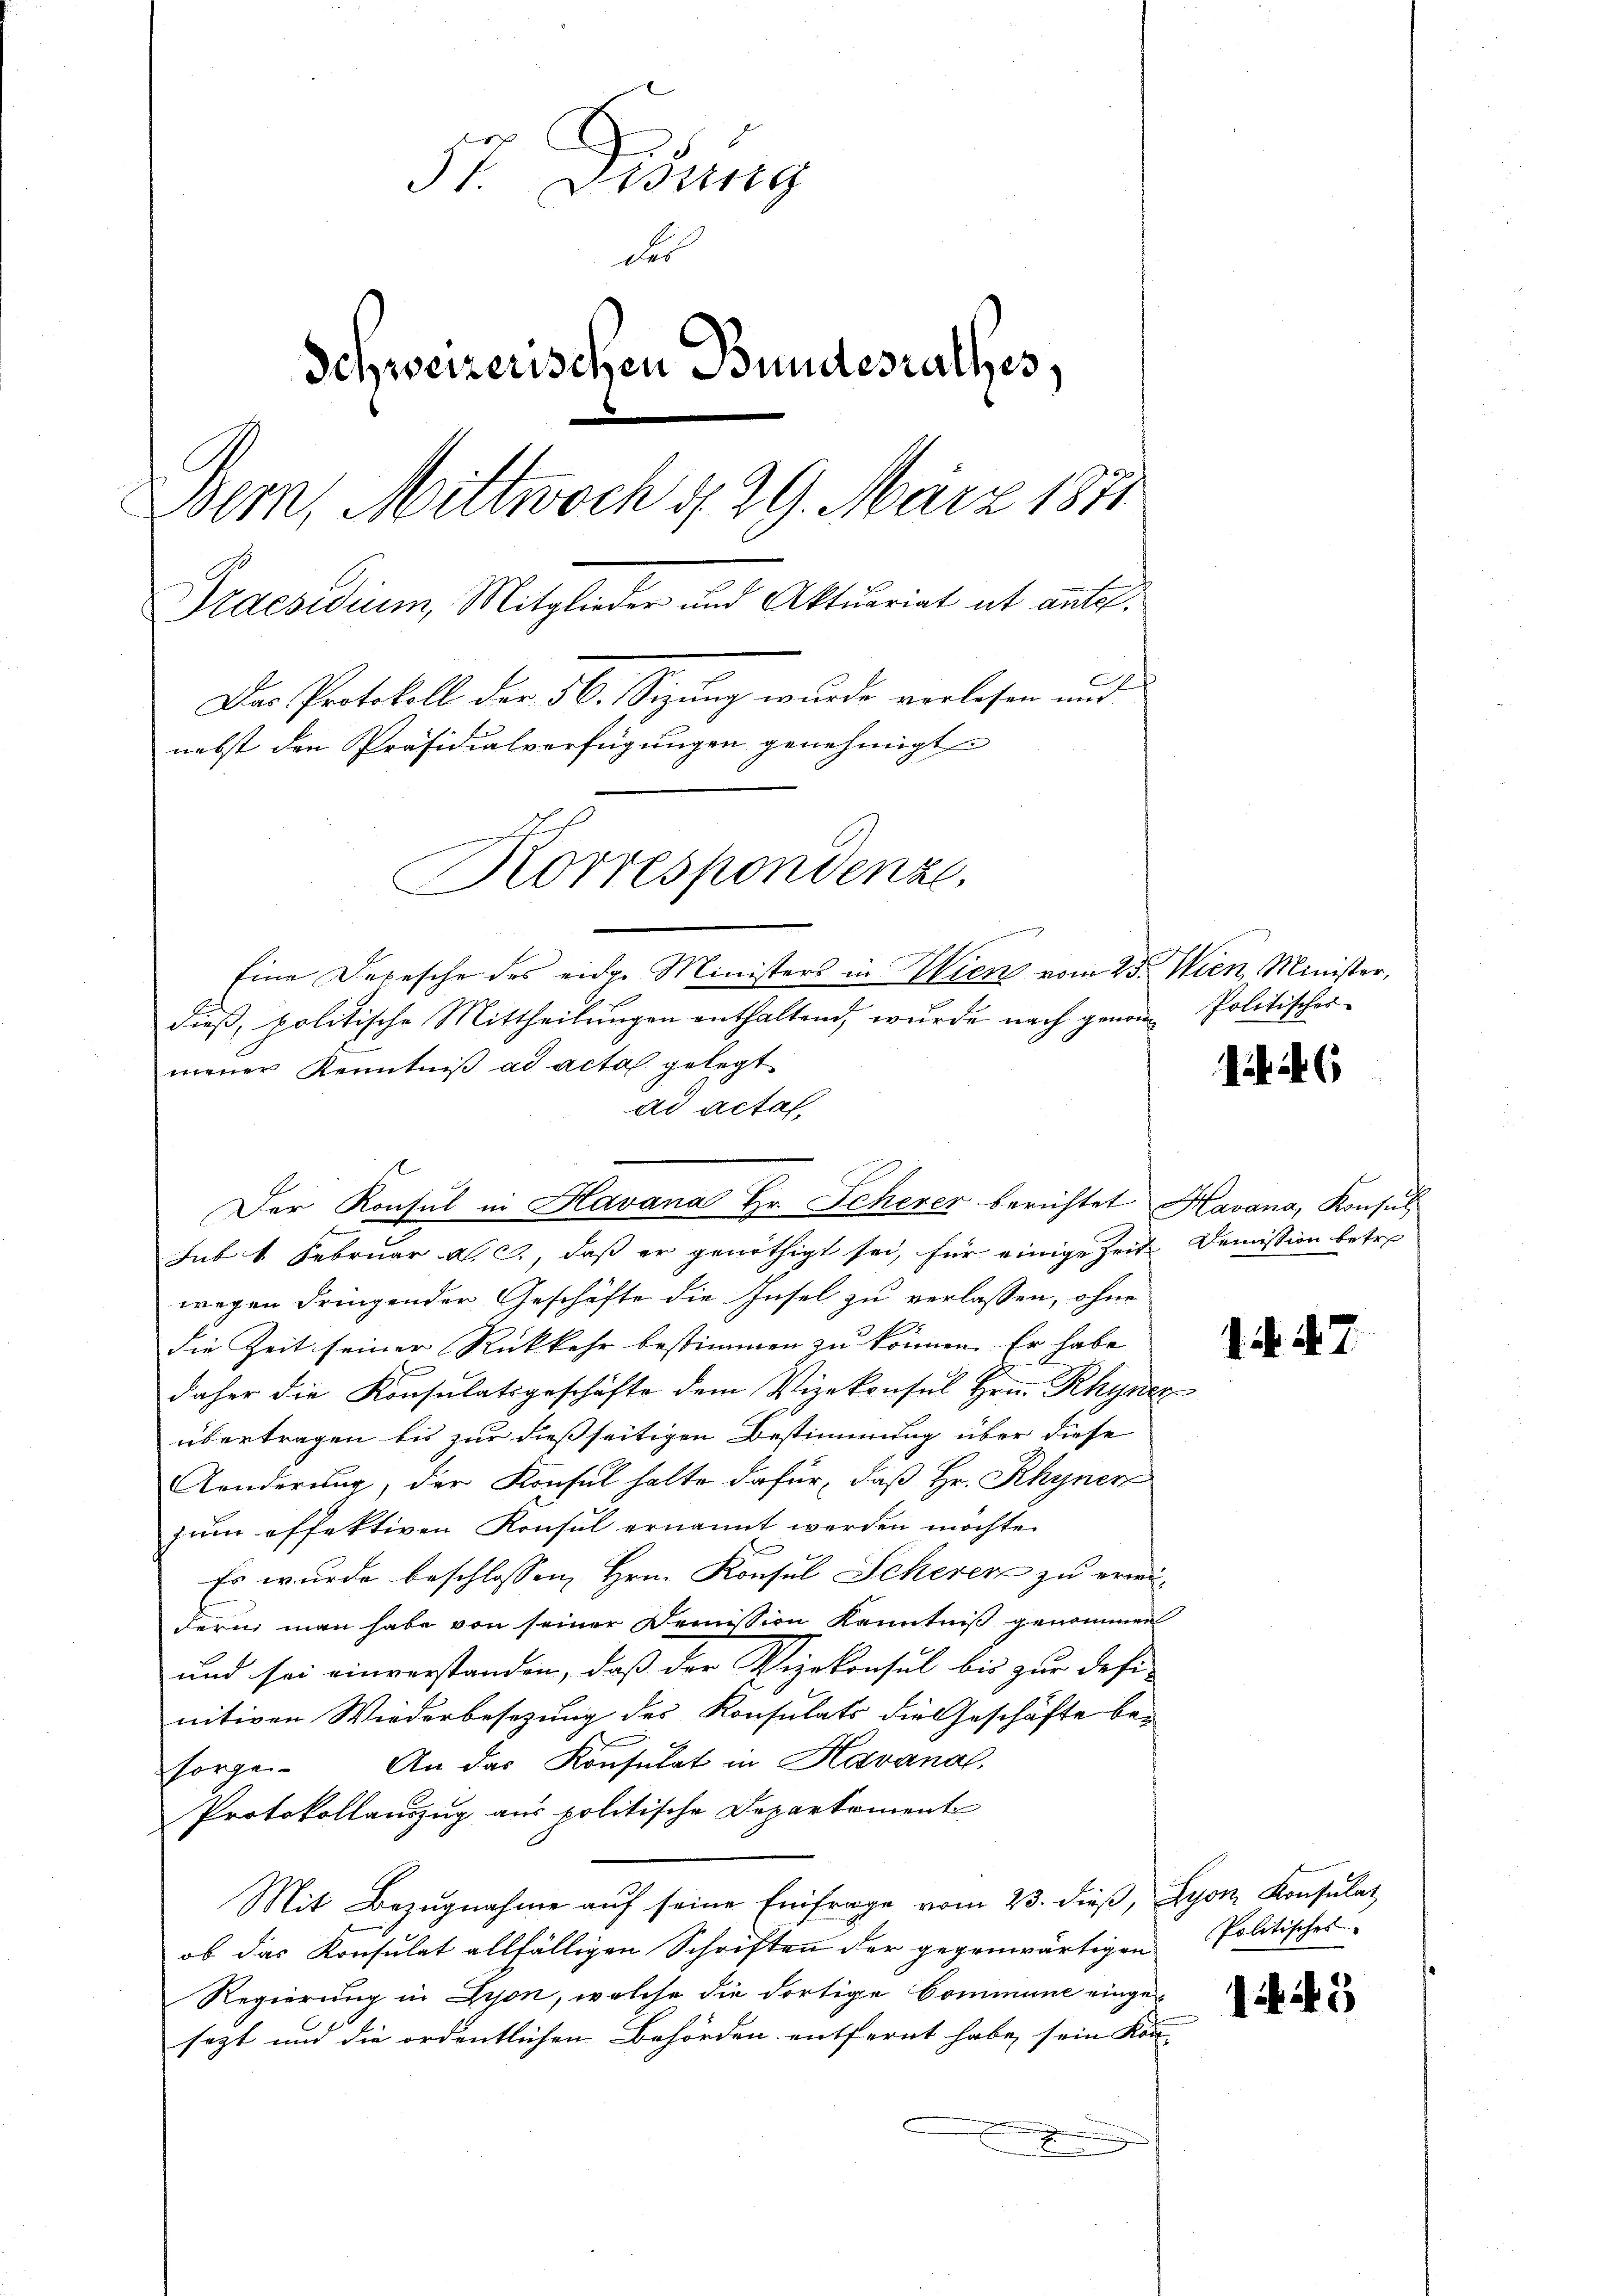
57. Didung
der
Schweizerischen Bundesrathes,
Bem, Mittwoch d. 29. März 1871
Praesidium, Mitglieder und Aktuariat et antel¬
Das Protokoll der 56. Segung wurde verlesen und
nebst den Präsidialverfügungen genehmigt.
Korrespondenz.

Eine Depesche des eidge Ministers in Wien vom 23. Wien, Minister,
dieß, politische Mittheilungen enthaltend, wurde nach genom Politischer
mener Kenntniß ad acta gelegt
ad actat
sub 1 Februar a. c., daß er genöthigt sei, für einige Zeit Demission betre
wegen dringender Geschäfte die Insel zu verlassen, ohne
die Zeit seiner Rückkehr bestimmen zu können. Er habe
daher die Konsulatsgeschäfte dem Vizekonsul Hrn. Rhyner
übertragen bis zur dießseitigen Bestimmung über diese
Aenderung, der Konsul halte dafür, daß Hr. Rhyner
zum effektiven Konsul ernannt werden möchte.
Es wurde beschlossen, Hrn. Konsul Scherer zu erwidern man habe von seiner Demission Kenntniß genommen
und sei einverstanden, daß der Vizekonsul bis zur Desi-
nitiven Wiederbesezung des Konsulats die Geschäfte bei
sorge. An das Konsulat in Havanal
Protokollauszug aus politische Departement
Mit Bezugnahme auf seine Einfrage vom 23. dieß, Lyon Konsulat
ob das Konsulat allfälligen Schriften der gegenwärtigen
Regierung in Lyon, welche die dortige Commune eingesagt und die ordentlichen Behörden entfernt habe sein Kon- |

Der Konsul in Havana Hr. Schever berichtet Havana, Konsul

A

1 47.

Politisches

.

5